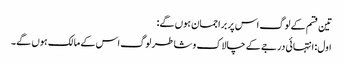
تین قسم کے لوگ اس پر براجمان ہوں گے:
اول: انتہائی درجے کے چالاک و شاطر لوگ اس کے مالک ہوں گے۔